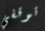
توقفي